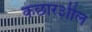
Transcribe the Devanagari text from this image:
कछार३ाील